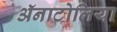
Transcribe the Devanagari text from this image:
ॲनाटोलिया